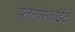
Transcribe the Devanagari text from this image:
पैलीगोर्स्काईट